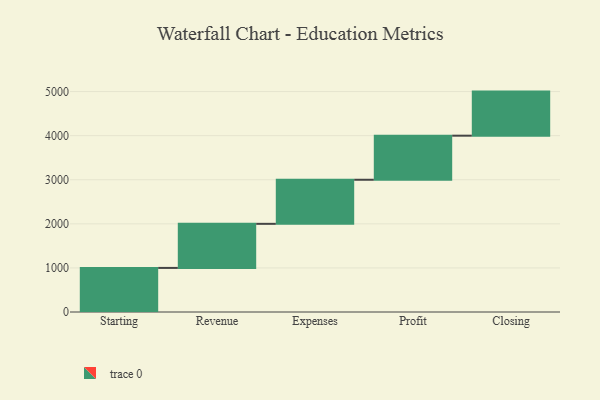
{"axis": {"x": "Step", "y": "Value"}, "legend": [""], "data": [{"x": "Starting", "y": 1000, "type": ""}, {"x": "Revenue", "y": 1000, "type": ""}, {"x": "Expenses", "y": 1000, "type": ""}, {"x": "Profit", "y": 1000, "type": ""}, {"x": "Closing", "y": 1000, "type": ""}]}